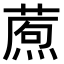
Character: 𤎗